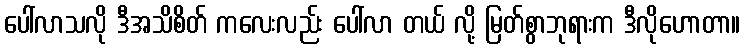
ပေါ်လာသလို ဒီအသိစိတ် ကလေးလည်း ပေါ်လာ တယ် လို့ မြတ်စွာဘုရားက ဒီလိုဟောတာ။